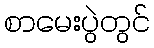
စာမေးပွဲတွင်